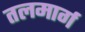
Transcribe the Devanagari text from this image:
तलमार्ग